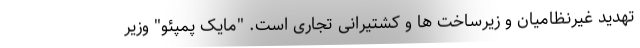
تهدید غیرنظامیان و زیرساخت ها و کشتیرانی تجاری است. "مایک پمپئو" وزیر